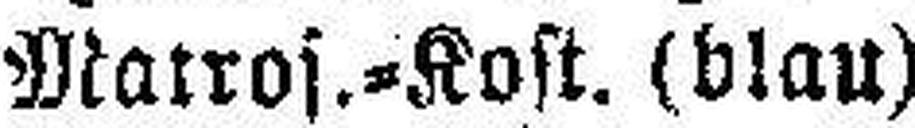
Makros.=Kost. (blau)